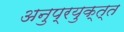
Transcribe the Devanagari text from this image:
अनुप्रयुक्त्त